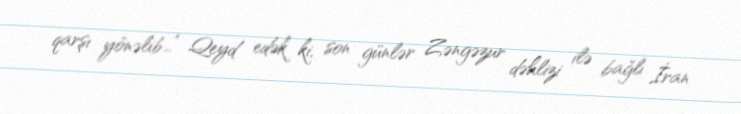
qarşı yönəlib...” Qeyd edək ki, son günlər Zəngəzur dəhlizi ilə bağlı İran